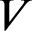
V